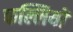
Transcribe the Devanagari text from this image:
फल्लियों